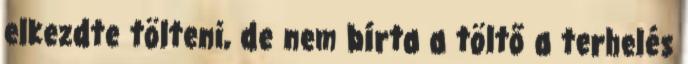
elkezdte tölteni, de nem bírta a töltő a terhelés